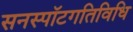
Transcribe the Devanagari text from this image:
सनस्पॉटगतिविधि